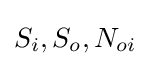
S_{i},S_{o},N_{oi}